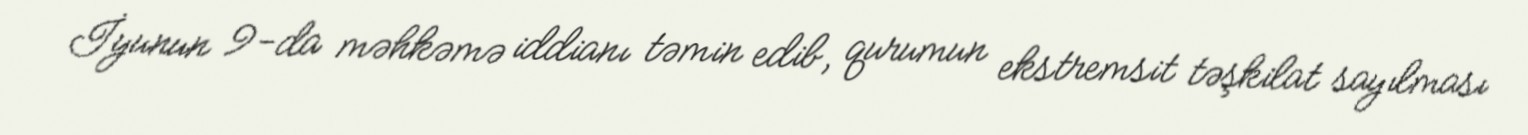
İyunun 9-da məhkəmə iddianı təmin edib, qurumun ekstremsit təşkilat sayılması